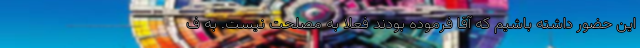
این حضور داشته باشیم که آقا فرموده بودند فعلا به مصلحت نیست. به ف